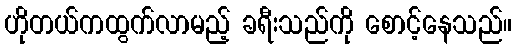
ဟိုတယ်ကထွက်လာမည့် ခရီးသည်ကို စောင့်နေသည်။